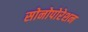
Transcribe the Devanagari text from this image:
सोनोपोरेशन